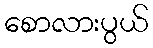
စောလားပွယ်